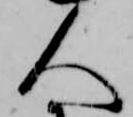
人